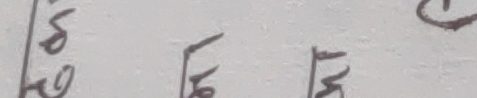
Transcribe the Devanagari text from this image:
८ ७ १ १ ८